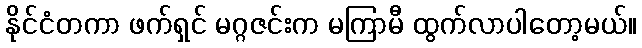
နိုင်ငံတကာ ဖက်ရှင် မဂ္ဂဇင်းက မကြာမီ ထွက်လာပါတော့မယ်။